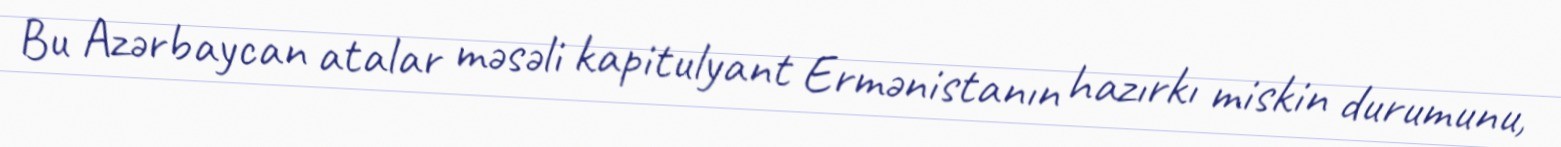
Bu Azərbaycan atalar məsəli kapitulyant Ermənistanın hazırkı miskin durumunu,